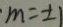
m = \pm 1